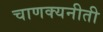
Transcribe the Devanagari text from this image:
चाणक्यनीती